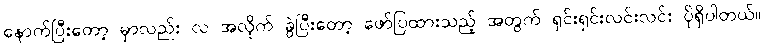
နောက်ပြီးတော့ မှာလည်း လ အလိုက် ခွဲပြီးတော့ ဖော်ပြထားသည့် အတွက် ရှင်းရှင်းလင်းလင်း ပိုရှိပါတယ်။